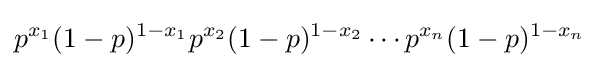
p^{x_{1}}(1-p)^{1-x_{1}}p^{x_{2}}(1-p)^{1-x_{2}}\cdots p^{x_{n}}(1-p)^{1-x_{n}}